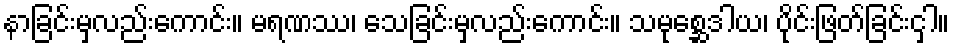
နာခြင်းမှလည်းကောင်း။ မရဏဿ၊ သေခြင်းမှလည်းကောင်း။ သမုစ္ဆေဒါယ၊ ပိုင်းဖြတ်ခြင်းငှါ။